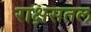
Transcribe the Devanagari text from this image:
राक्षसतल